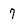
Character: 7